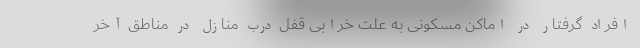
افراد گرفتار در اماکن مسکونی به علت خرابی قفل درب منازل در مناطق آخر